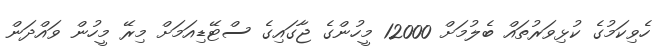
ހެވިކަމުގެ ކުޅިވަރުތައް ބެލުމަށް 12000 މީހުންގެ ޖާގައިގެ ސްޓޭޑިއަމަށް މިރޭ މީހުން ވައްދަން